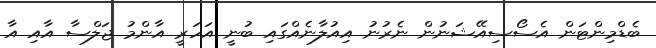
ބެޑްމިންޓަން އެސޯސިއޭޝަނުން ނެރުނު އިއުލާނެއްގައި ބުނީ އަހަރީ އާންމު ޖަލްސާ އާއި އާ